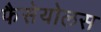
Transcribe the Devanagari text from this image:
फैसेयोलस